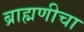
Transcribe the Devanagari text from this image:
ब्राह्मणीचा